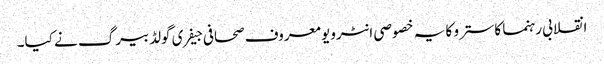
انقلابی رہنما کاسترو کا یہ خصوصی انٹرویو معروف صحافی جیفری گولڈبیرگ نے کیا۔